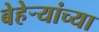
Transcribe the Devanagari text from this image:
बेहेर्‍यांच्या